Senior Leaving Certificate Examination (including Day School Certificate (Higher) General paper), 1949
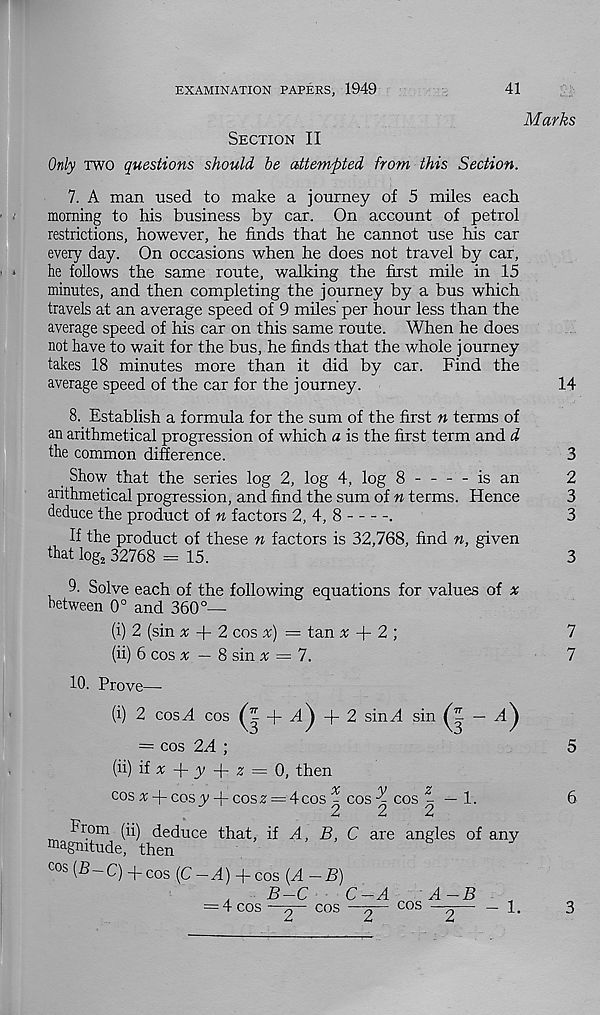
EXAMINATION PAPERS, 1949
41
Section II
Marks
Only two questions should be attempted from this Section.
7. A man used to make a journey of 5 miles each
morning to his business by car. On account of petrol
restrictions, however, he finds that he cannot use his car
every day. On occasions when he does not travel by car,
he follows the same route, walking the first mile in 15
minutes, and then completing the journey by a bus which
travels at an average speed of 9 miles per hour less than the
average speed of his car on this same route. When he does
not have to wait for the bus, he finds that the whole journey
takes 18 minutes more than it did by car. Find the
average speed of the car for the journey.
14
8. Establish a formula for the sum of the first n terms of
an arithmetical progression of which a is the first term and d
the common difference.
3
Show that the series log 2, log 4, log 8
is an
arithmetical progression, and find the sum of n terms. Hence
deduce the product of n factors 2, 4, 8
.
If the product of these n factors is 32,768, find n, given
that log 2 32768 = 15.
3
9. Solve each of the following equations for values of x
between 0° and 360°—
(i) 2 (sin x -\- 2 cos x) — tan * + 2 ;
(ii) 6 cos # — 8 sin x — 1.
10. Prove—■
(i) 2 cosA cos
+ 2 sinH sin
= cos 2A ;
(ii) iix-\-y J rZ = (O l then
cos x -j- cos y -J- cos z = 4- cos ^ cos ^ cos ^ —1.
From (ii) deduce that, if A, B, C are angles of any
magnitude, then
cos (B-q+cos (C —A) + cos {A —B)
= 4 cos
B-C
cos
C-A cos
A-B
7
7
5
6
2
2
2
3
<N CO CO